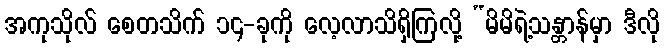
အကုသိုလ် စေတသိက် ၁၄-ခုကို လေ့လာသိရှိကြလို့ “မိမိရဲ့သန္တာန်မှာ ဒီလို